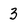
Character: 3